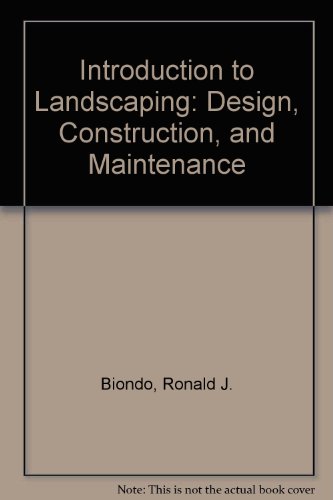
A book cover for Introduction to Landscaping: Design, Construction, and Maintenance; Ronald J. Biondo; Teen & Young Adult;